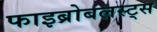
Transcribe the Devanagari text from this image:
फाइब्रोबलस्ट्स